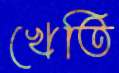
খেতি